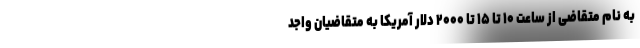
به نام متقاضی از ساعت ۱۰ تا ۱۵ تا ۲۰۰۰ دلار آمریکا به متقاضیان واجد